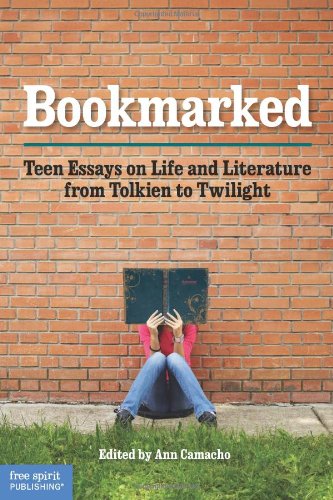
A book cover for Bookmarked: Teen Essays on Life and Literature from Tolkien to Twilight; Ann Camacho; Teen & Young Adult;